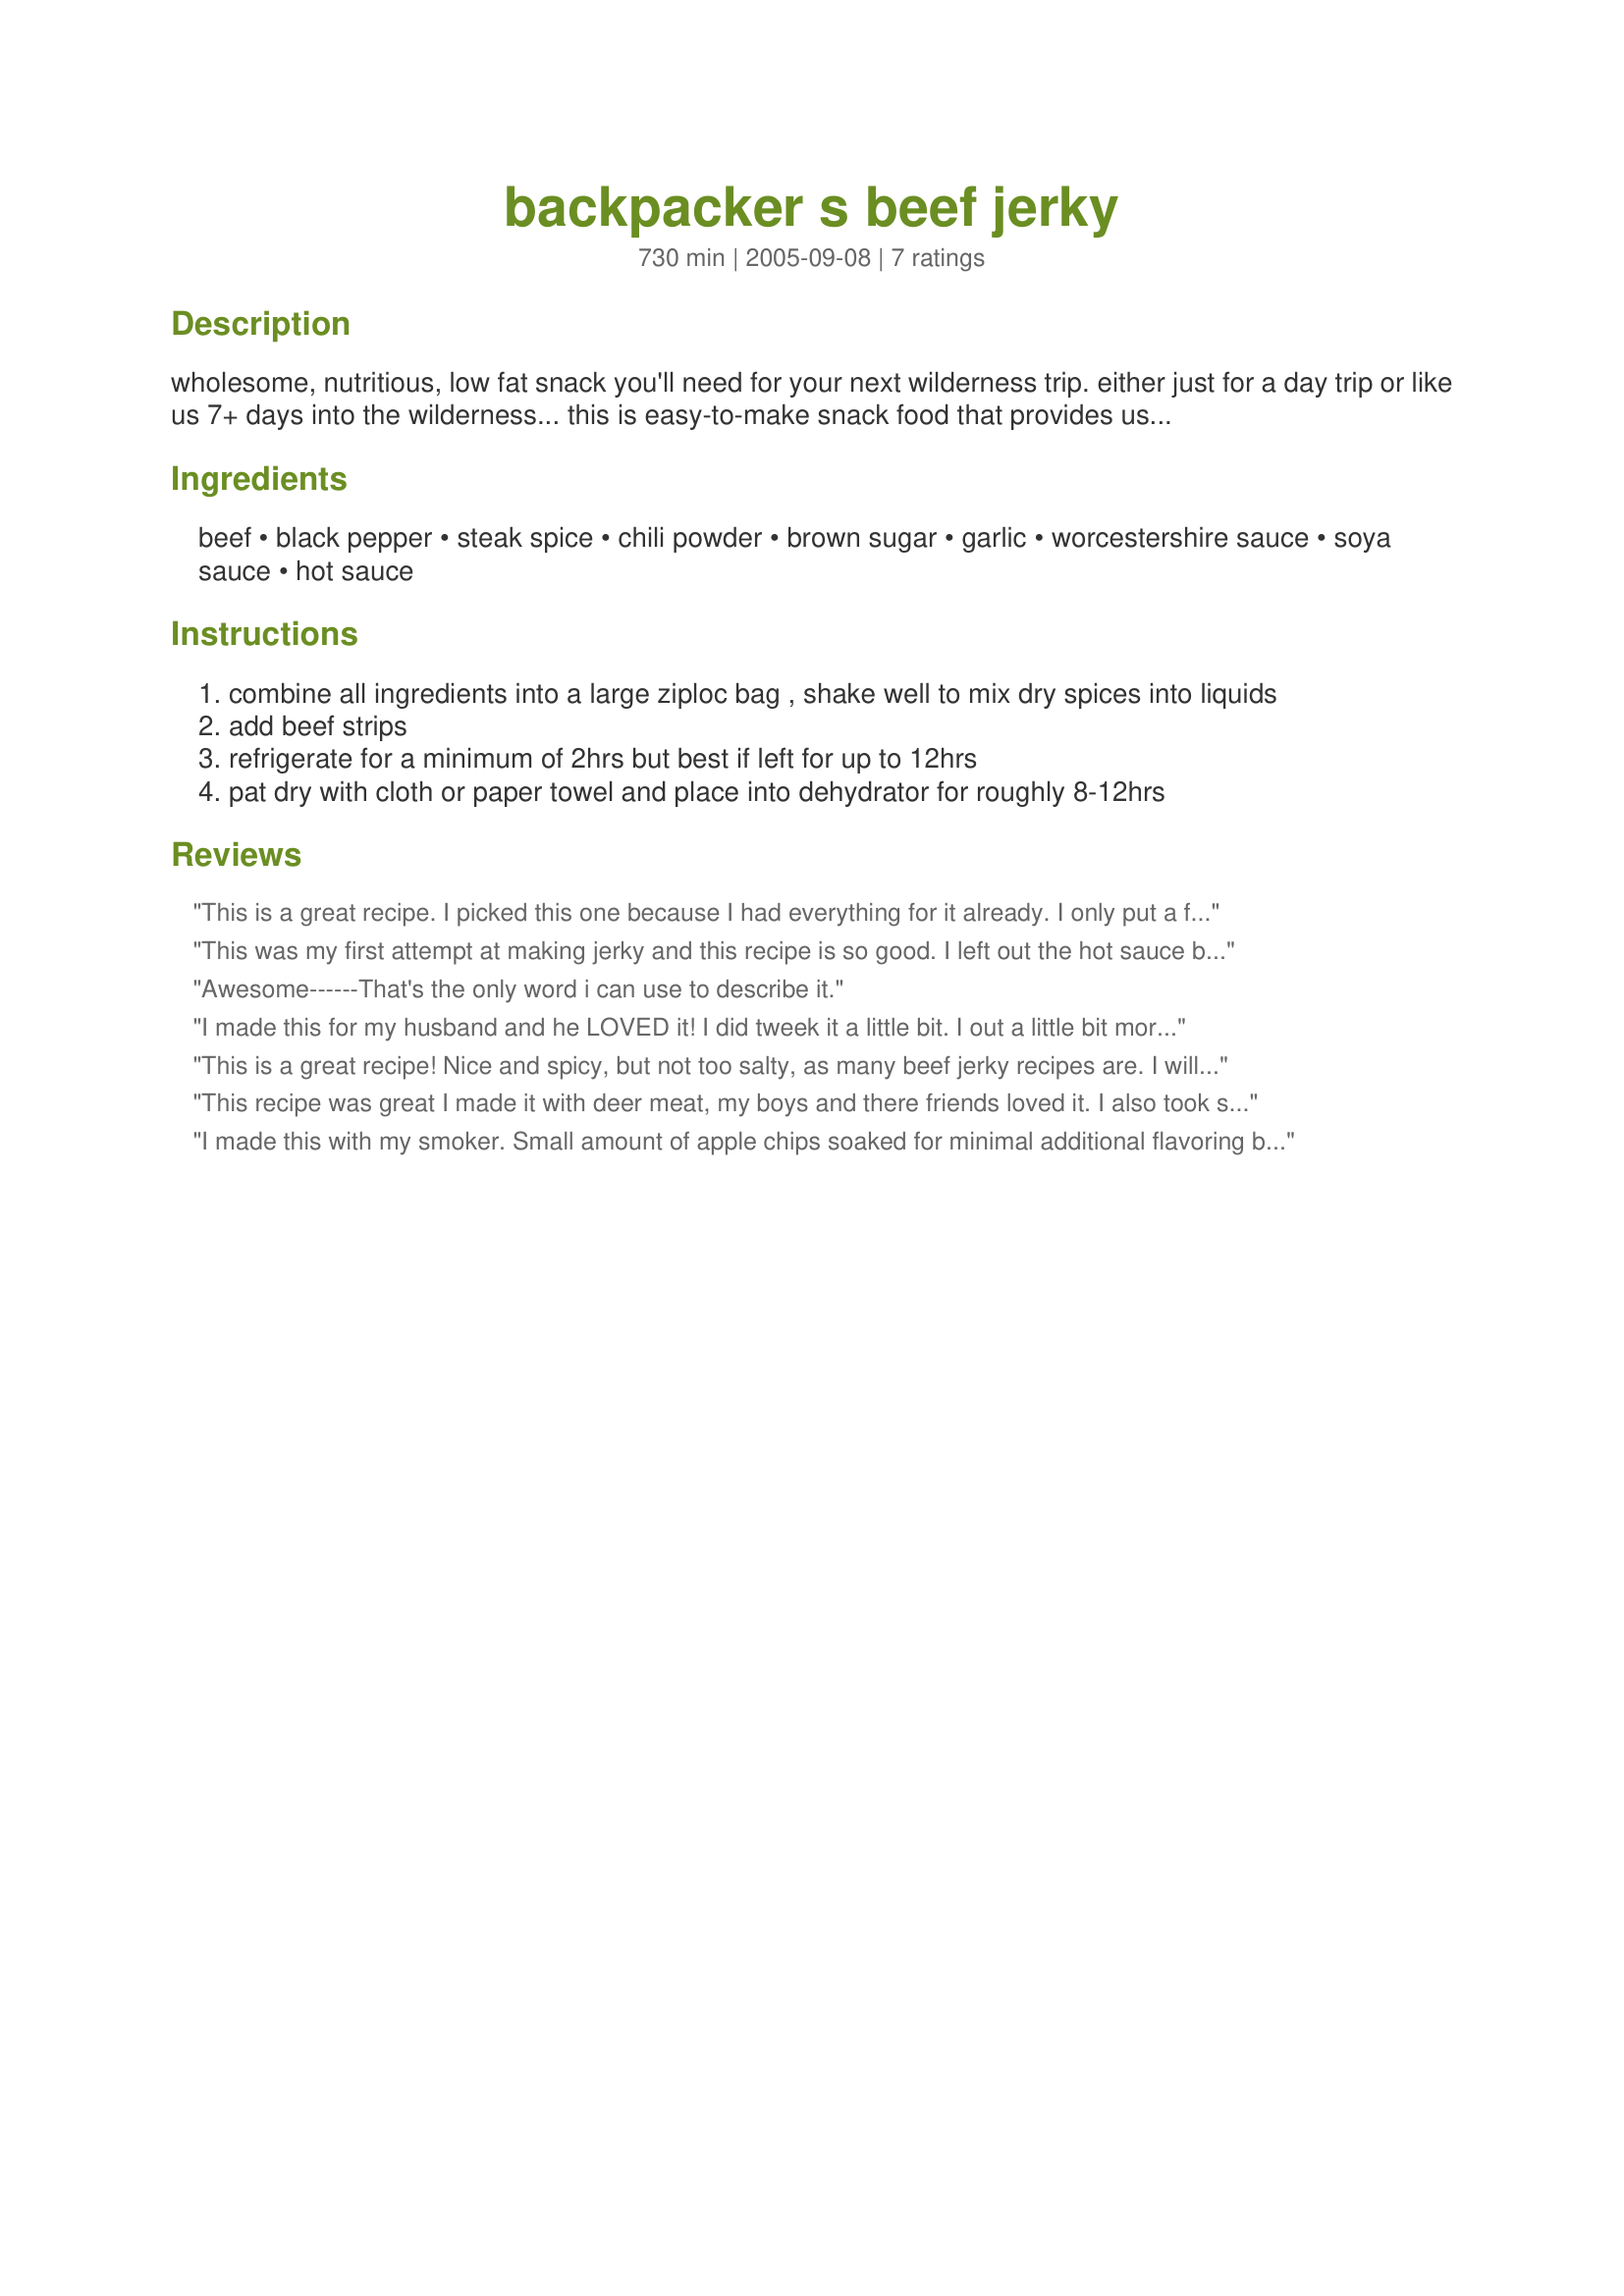
backpacker s beef jerky
Preparation time: 730 minutes

wholesome, nutritious, low fat snack you'll need for your next wilderness trip. either just for a day trip or like us 7+ days into the wilderness... this is easy-to-make snack food that provides us with the energy that we need to gets us through tough portage and long canoeing days or those long hiking trips.

Ingredients:
beef, black pepper, steak spice, chili powder, brown sugar, garlic, worcestershire sauce, soya sauce, hot sauce

Steps:
combine all ingredients into a large ziploc bag , shake well to mix dry spices into liquids
add beef strips
refrigerate for a minimum of 2hrs but best if left for up to 12hrs
pat dry with cloth or paper towel and place into dehydrator for roughly 8-12hrs

Reviews:
This is a great recipe. I picked this one because I had everything for it already. I only put a few drops of tabasco instead of the 1/3 cup hot sauce but it still has a great flavor and kick. I used venison with this recipe instead of beef. Thanks
This was my first attempt at making jerky and this recipe is so good. I left out the hot sauce because I wanted a not too spicy jerky. I took some over to my BIL and he said this is so good and flavorful and wants the recipe. I am making another batch tonight with the hot sauce. By the way I used 3 1/2 lbs of bottom round and marinated in the fridge for 24 hrs. Thanks Road Runner for a great recipe!!!
Awesome------That's the only word i can use to describe it.
I made this for my husband and he LOVED it! I did tweek it a little bit. I out a little bit more black pepper in it and some jalapeno seeds to make it more spicy! He love spicy stuff! So THANK YOU Road Runner for a GREAT recipe! Great for first timers!
This is a great recipe! Nice and spicy, but not too salty, as many beef jerky recipes are. I will definitely make this again.
This recipe was great I made it with deer meat, my boys and there friends loved it. I also took some to work the guys really liked it to. Thanks
I made this with my smoker. Small amount of apple chips soaked for minimal additional flavoring but adding some. I marinated it for 12 hours. I also used a teaspoon of Chipotle rub and did not use the hot sauce. I used flank steak cut into 1/4" - 3/8" strips with the grain. I smoked it at 125 for 6 hours and I have to say it was phenomenal. Everyone who tried it at the New Years Eve Party LOVED it and once they starting eating it could not stop. The way I made it it had a good "zing" to it... probably from marinating so long but was not "too spicy" for the tenderer pallets. All in all I highly recommend it, and will try adding some sweet to it next time and possibly post a New Recipe if it in fact comes out well.
